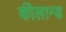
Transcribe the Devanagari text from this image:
कीलान्ड